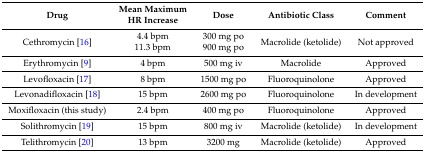
| Drug | Mean Maximum HR Increase | Dose | Antibiotic Class | Comment |
 | --- | --- | --- | --- | --- |
 | Cethromycin [16] | 4.4 bpm11.3 bpm | 300 mg po900 mg po | Macrolide (ketolide) | Not approved |
 | Erythromycin [9] | 4 bpm | 500 mg iv | Macrolide | Approved |
 | Levofloxacin [17] | 8 bpm | 1500 mg po | Fluoroquinolone | Approved |
 | Levonadifloxacin [18] | 15 bpm | 2600 mg po | Fluoroquinolone | In development |
 | Moxifloxacin (this study) | 2.4 bpm | 400 mg po | Fluoroquinolone | Approved |
 | Solithromycin [19] | 15 bpm | 800 mg iv | Macrolide (ketolide) | In development |
 | Telithromycin [20] | 13 bpm | 3200 mg | Macrolide (ketolide) | Approved |